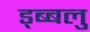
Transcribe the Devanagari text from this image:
ड्ब्बलु